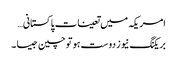
امریکہ میں تعینات پاکستانی…
بریکنگ نیوز دوست ہو تو چین جیسا ۔